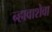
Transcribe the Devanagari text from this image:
न्हावाशेवा